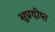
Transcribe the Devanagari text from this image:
सुप्रदीप्त